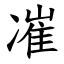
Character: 凗